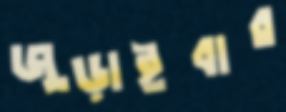
জুড়াইবার